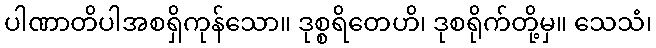
ပါဏာတိပါအစရှိကုန်သော။ ဒုစ္စရိတေဟိ၊ ဒုစရိုက်တို့မှ။ သေသံ၊